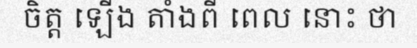
ចិត្ត ឡើង តាំងពី ពេល នោះ ថា